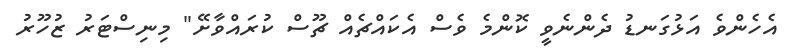
އެހެންވެ އަޅުގަނޑު ދެންނެވީ ކޮންމެ ވެސް އެކައްޗެއް ޗޫސް ކުރައްވާށޭ" މިނިސްޓަރު ޒުހޫރު